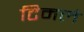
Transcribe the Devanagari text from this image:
टिमले